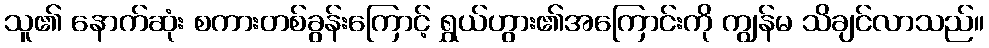
သူ၏ နောက်ဆုံး စကားတစ်ခွန်းကြောင့် ရွှယ်ဟွား၏အကြောင်းကို ကျွန်မ သိချင်လာသည်။